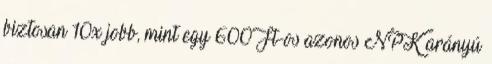
biztosan 10x jobb, mint egy 600Ft-os azonos NPK arányú